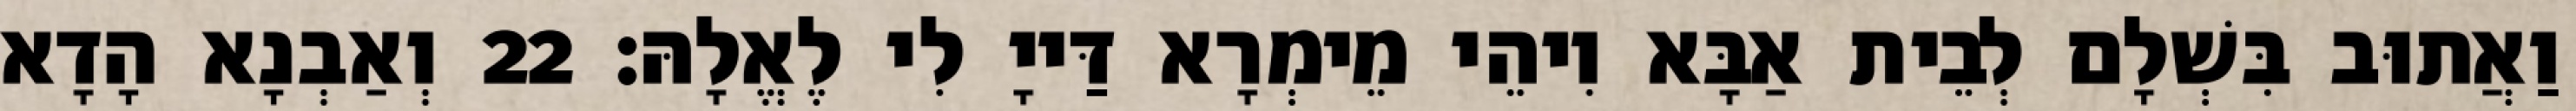
וַאֲתוּב בִּשְׁלָם לְבֵית אַבָּא וִיהֵי מֵימְרָא דַּייָ לִי לֶאֱלָהּ׃ 22 וְאַבְנָא הָדָא